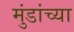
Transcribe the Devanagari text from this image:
मुंडांच्या